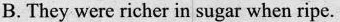
B. They urmed out to be very flavorful.